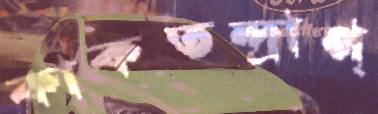
কাকতন্দ্রাপ্